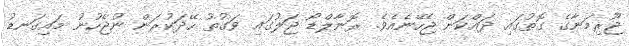
ޖޫރިމަނާގެ ގޮތުގައި ދައްކަން ޖެހޭނެއެވެ. ރޮނާލްޑޯ ޖަލުގައި ވަގުތު ހޭދަކުރަން ނުޖެހުނު މައިގަނޑު